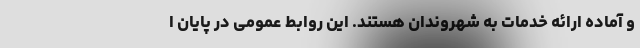
و آماده ارائه خدمات به شهروندان هستند. این روابط عمومی در پایان ا